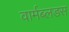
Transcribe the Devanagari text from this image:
वार्मब्लडस